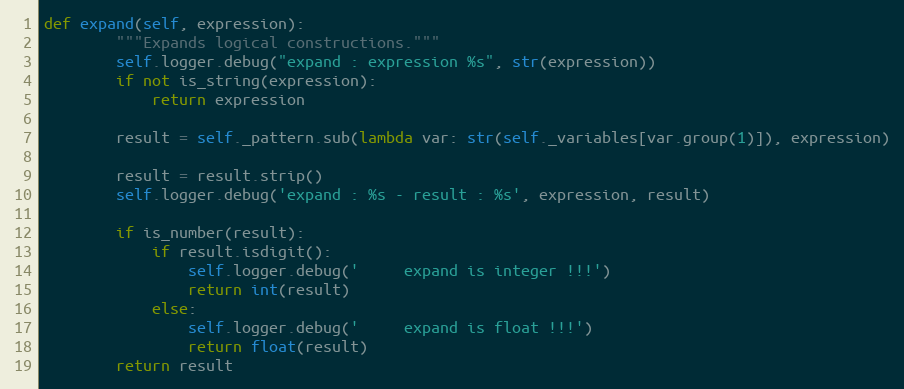
Language: Python
def expand(self, expression):
        """Expands logical constructions."""
        self.logger.debug("expand : expression %s", str(expression))
        if not is_string(expression):
            return expression

        result = self._pattern.sub(lambda var: str(self._variables[var.group(1)]), expression)

        result = result.strip()
        self.logger.debug('expand : %s - result : %s', expression, result)

        if is_number(result):
            if result.isdigit():
                self.logger.debug('     expand is integer !!!')
                return int(result)
            else:
                self.logger.debug('     expand is float !!!')
                return float(result)
        return result